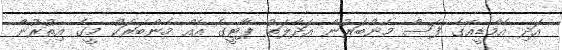
އަދި އެމްޑީއޭގެ ފަސް މެންބަރުން އަދާލަތު ޕާޓީގެ އެއް މެންބަރަކު މީގެ އިތުރުން